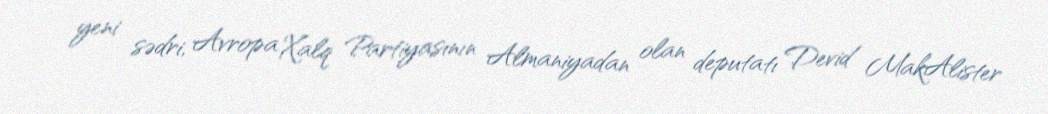
yeni sədri, Avropa Xalq Partiyasının Almaniyadan olan deputatı Devid MakAlister